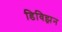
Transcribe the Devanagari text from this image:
डिविझ़न